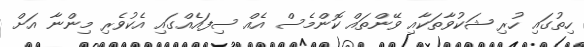
ހިތުގައި ހުރި ޝަކުވާތަކާއި ވޭންތައް ކޮންމެސް އެއް ސިފައެއްގައި އެކުވެރި މިންނާ އަށް